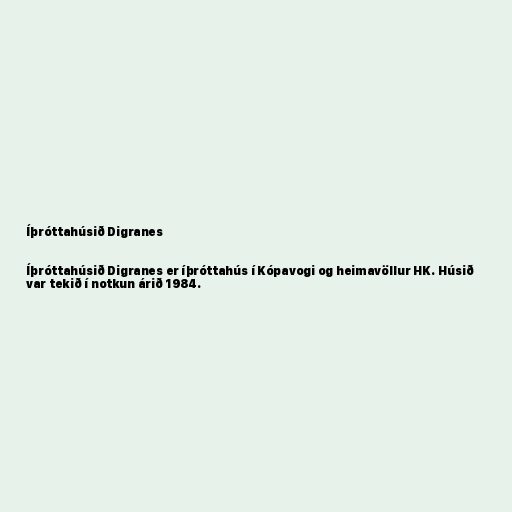
Íþróttahúsið Digranes

Íþróttahúsið Digranes er íþróttahús í Kópavogi og heimavöllur HK. Húsið
var tekið í notkun árið 1984.